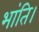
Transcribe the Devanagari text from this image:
भांति।